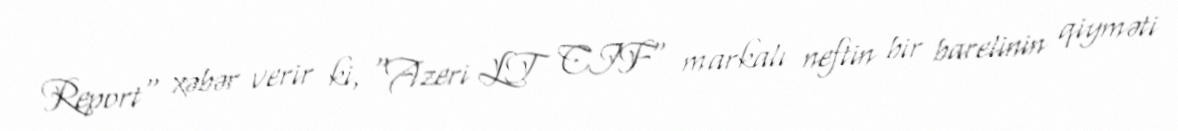
Report" xəbər verir ki, "Azeri LT CIF" markalı neftin bir barelinin qiyməti